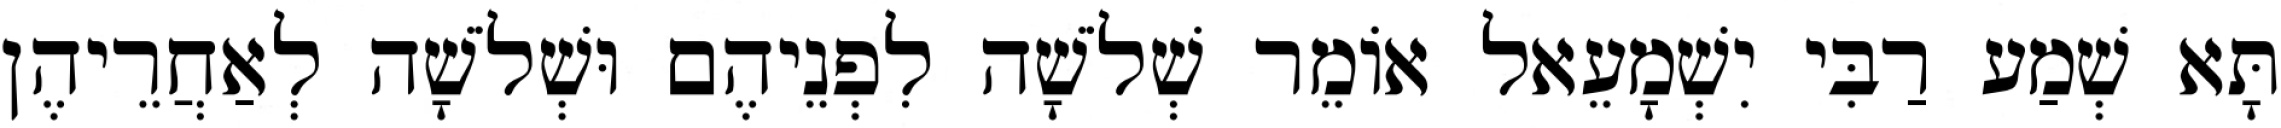
תָּא שְׁמַע רַבִּי יִשְׁמָעֵאל אוֹמֵר שְׁלֹשָׁה לִפְנֵיהֶם וּשְׁלֹשָׁה לְאַחֲרֵיהֶן